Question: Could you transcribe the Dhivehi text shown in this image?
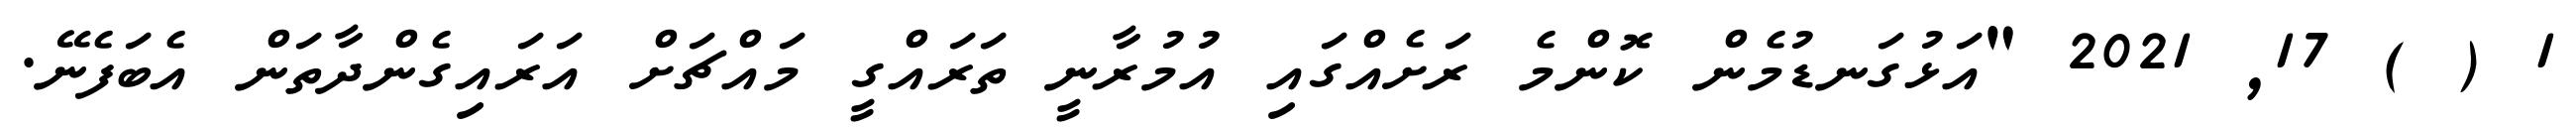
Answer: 1 ( ) 17, 2021 "އަޅުގަނޑުމެން ކޮންމެ ރަށެއްގައި އުމުރާނީ ތަރައްގީ މައްޗަށް އަރައިގެންދާތަން އެބަފެނޭ.